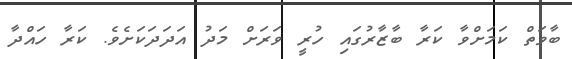
ބާވަތް ކަމަށްވާ ކަރާ ބާޒާރުގައި ހުރީ ވަރަށް މަދު އަދަދަކަށެވެ. ކަރާ ހައްދާ